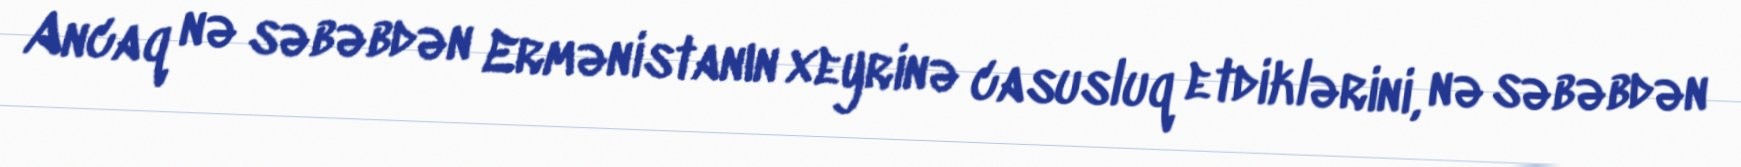
Ancaq nə səbəbdən Ermənistanın xeyrinə casusluq etdiklərini, nə səbəbdən